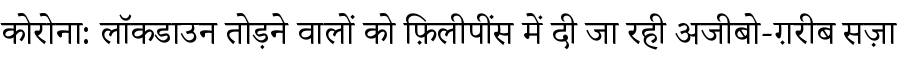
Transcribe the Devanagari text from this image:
कोरोना: लॉकडाउन तोड़ने वालों को फ़िलीपींस में दी जा रही अजीबो-ग़रीब सज़ा